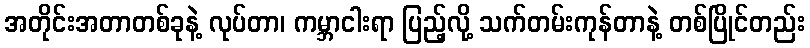
အတိုင်းအတာတစ်ခုနဲ့ လုပ်တာ၊ ကမ္ဘာငါးရာ ပြည့်လို့ သက်တမ်းကုန်တာနဲ့ တစ်ပြိုင်တည်း